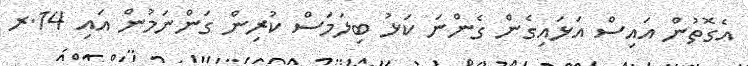
އެގޮތުން އައިސް އަޅައިގެން ގެންނަ ކަޅު ބިލަމަސް ކުރިން ގަންނަމުން އައި 14.ރ